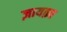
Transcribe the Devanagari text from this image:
ज़ायक़ा